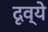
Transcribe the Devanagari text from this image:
दृव्ये